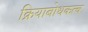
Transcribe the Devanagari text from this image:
क्रियाबोधकत्व